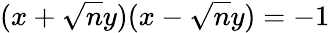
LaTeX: (x+{\sqrt{n}}y)(x-{\sqrt{n}}y)=-1